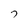
Character: 7